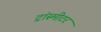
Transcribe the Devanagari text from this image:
ट्रांस्मीटर